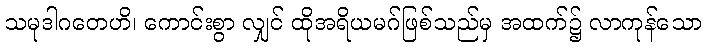
သမုဒါဂတေဟိ၊ ကောင်းစွာ လျှင် ထိုအရိယမဂ်ဖြစ်သည်မှ အထက်၌ လာကုန်သော